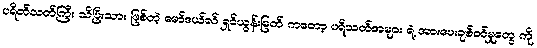
ပရိတ်သတ်ကြီး သိပြီးသား ဖြစ်တဲ့ မော်ဒယ်လ် ရှင်ယွန်းမြတ် ကတော့ ပရိသတ်အများ ရဲ့ အားပေးချစ်ခင်မှုတွေ ကို